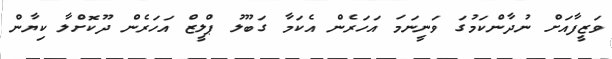
ވަޒީފާއަށް ނުދާންކަމުގަ ވަނީނަމަ އަހަރެން އެކަމާ ގަބޫލު ޕްލީޒް އަހަރެން ދޫކޮށްލާ ކިޔާން